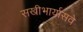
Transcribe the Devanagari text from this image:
सखीभार्यासवे